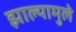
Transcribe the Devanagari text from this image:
झाल्यामुले